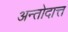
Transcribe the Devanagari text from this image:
अन्तोदात्त